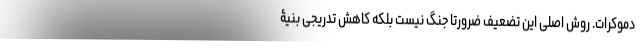
دموکرات. روشِ اصلی این تضعیف ضرورتاً جنگ نیست بلکه کاهشِ تدریجی بنیۀ